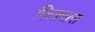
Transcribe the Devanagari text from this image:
फिक्सस